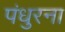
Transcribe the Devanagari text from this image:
पंधुरना